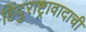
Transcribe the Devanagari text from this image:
हिंदुराष्ट्रावादाची